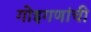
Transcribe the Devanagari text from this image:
गोइगणांची